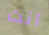
أنت